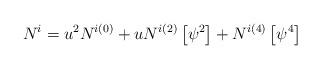
LaTeX: \begin{align*}N^i = u^2 N^{i(0)} + u N^{i(2)} \left[ \psi^2 \right] + N^{i(4)} \left[ \psi^4 \right]\end{align*}